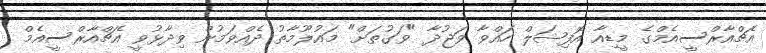
އެޗްއާރްސީއެމްގެ މީޑިއާ އޮފިޝަލް ހައްވާ ވަޖުދާ "ވަގުތަށް" މައުލޫމާތު ދެއްވަމުން ވިދާޅުވީ އެޗްއާރްސީއެމް